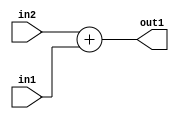
`timescale 1ps / 1ps
/*****************************************************************************
    Verilog RTL Description
    
    
    Created by: Stratus DpOpt 2019.1.01 
*******************************************************************************/

module bias_addr_gen_Add_16Ux1U_16U_4 (
	in2,
	in1,
	out1
	); /* architecture "behavioural" */ 
input [15:0] in2;
input  in1;
output [15:0] out1;
wire [15:0] asc001;

assign asc001 = 
	+(in2)
	+(in1);

assign out1 = asc001;
endmodule

/* CADENCE  ubD1TwA= : u9/ySgnWtBlWxVPRXgAZ4Og= ** DO NOT EDIT THIS LINE ******/